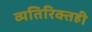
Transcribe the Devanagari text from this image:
व्यतिरिक्तही